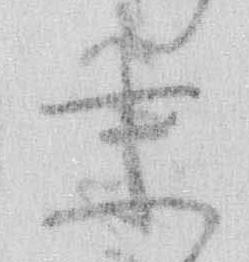
末